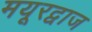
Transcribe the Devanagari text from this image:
मयूरद्वाज